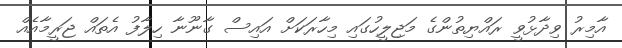
އާމިރު ވިދާޅުވީ ރައްޔިތުންގެ މަޖިލީހުގައި މިހާރަކަށް އައިސް ގާނޫނާ ހިލާފު އެތައް ޖަރީމާއެއް